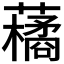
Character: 𮒬